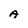
Character: A